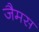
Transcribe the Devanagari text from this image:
जैमस